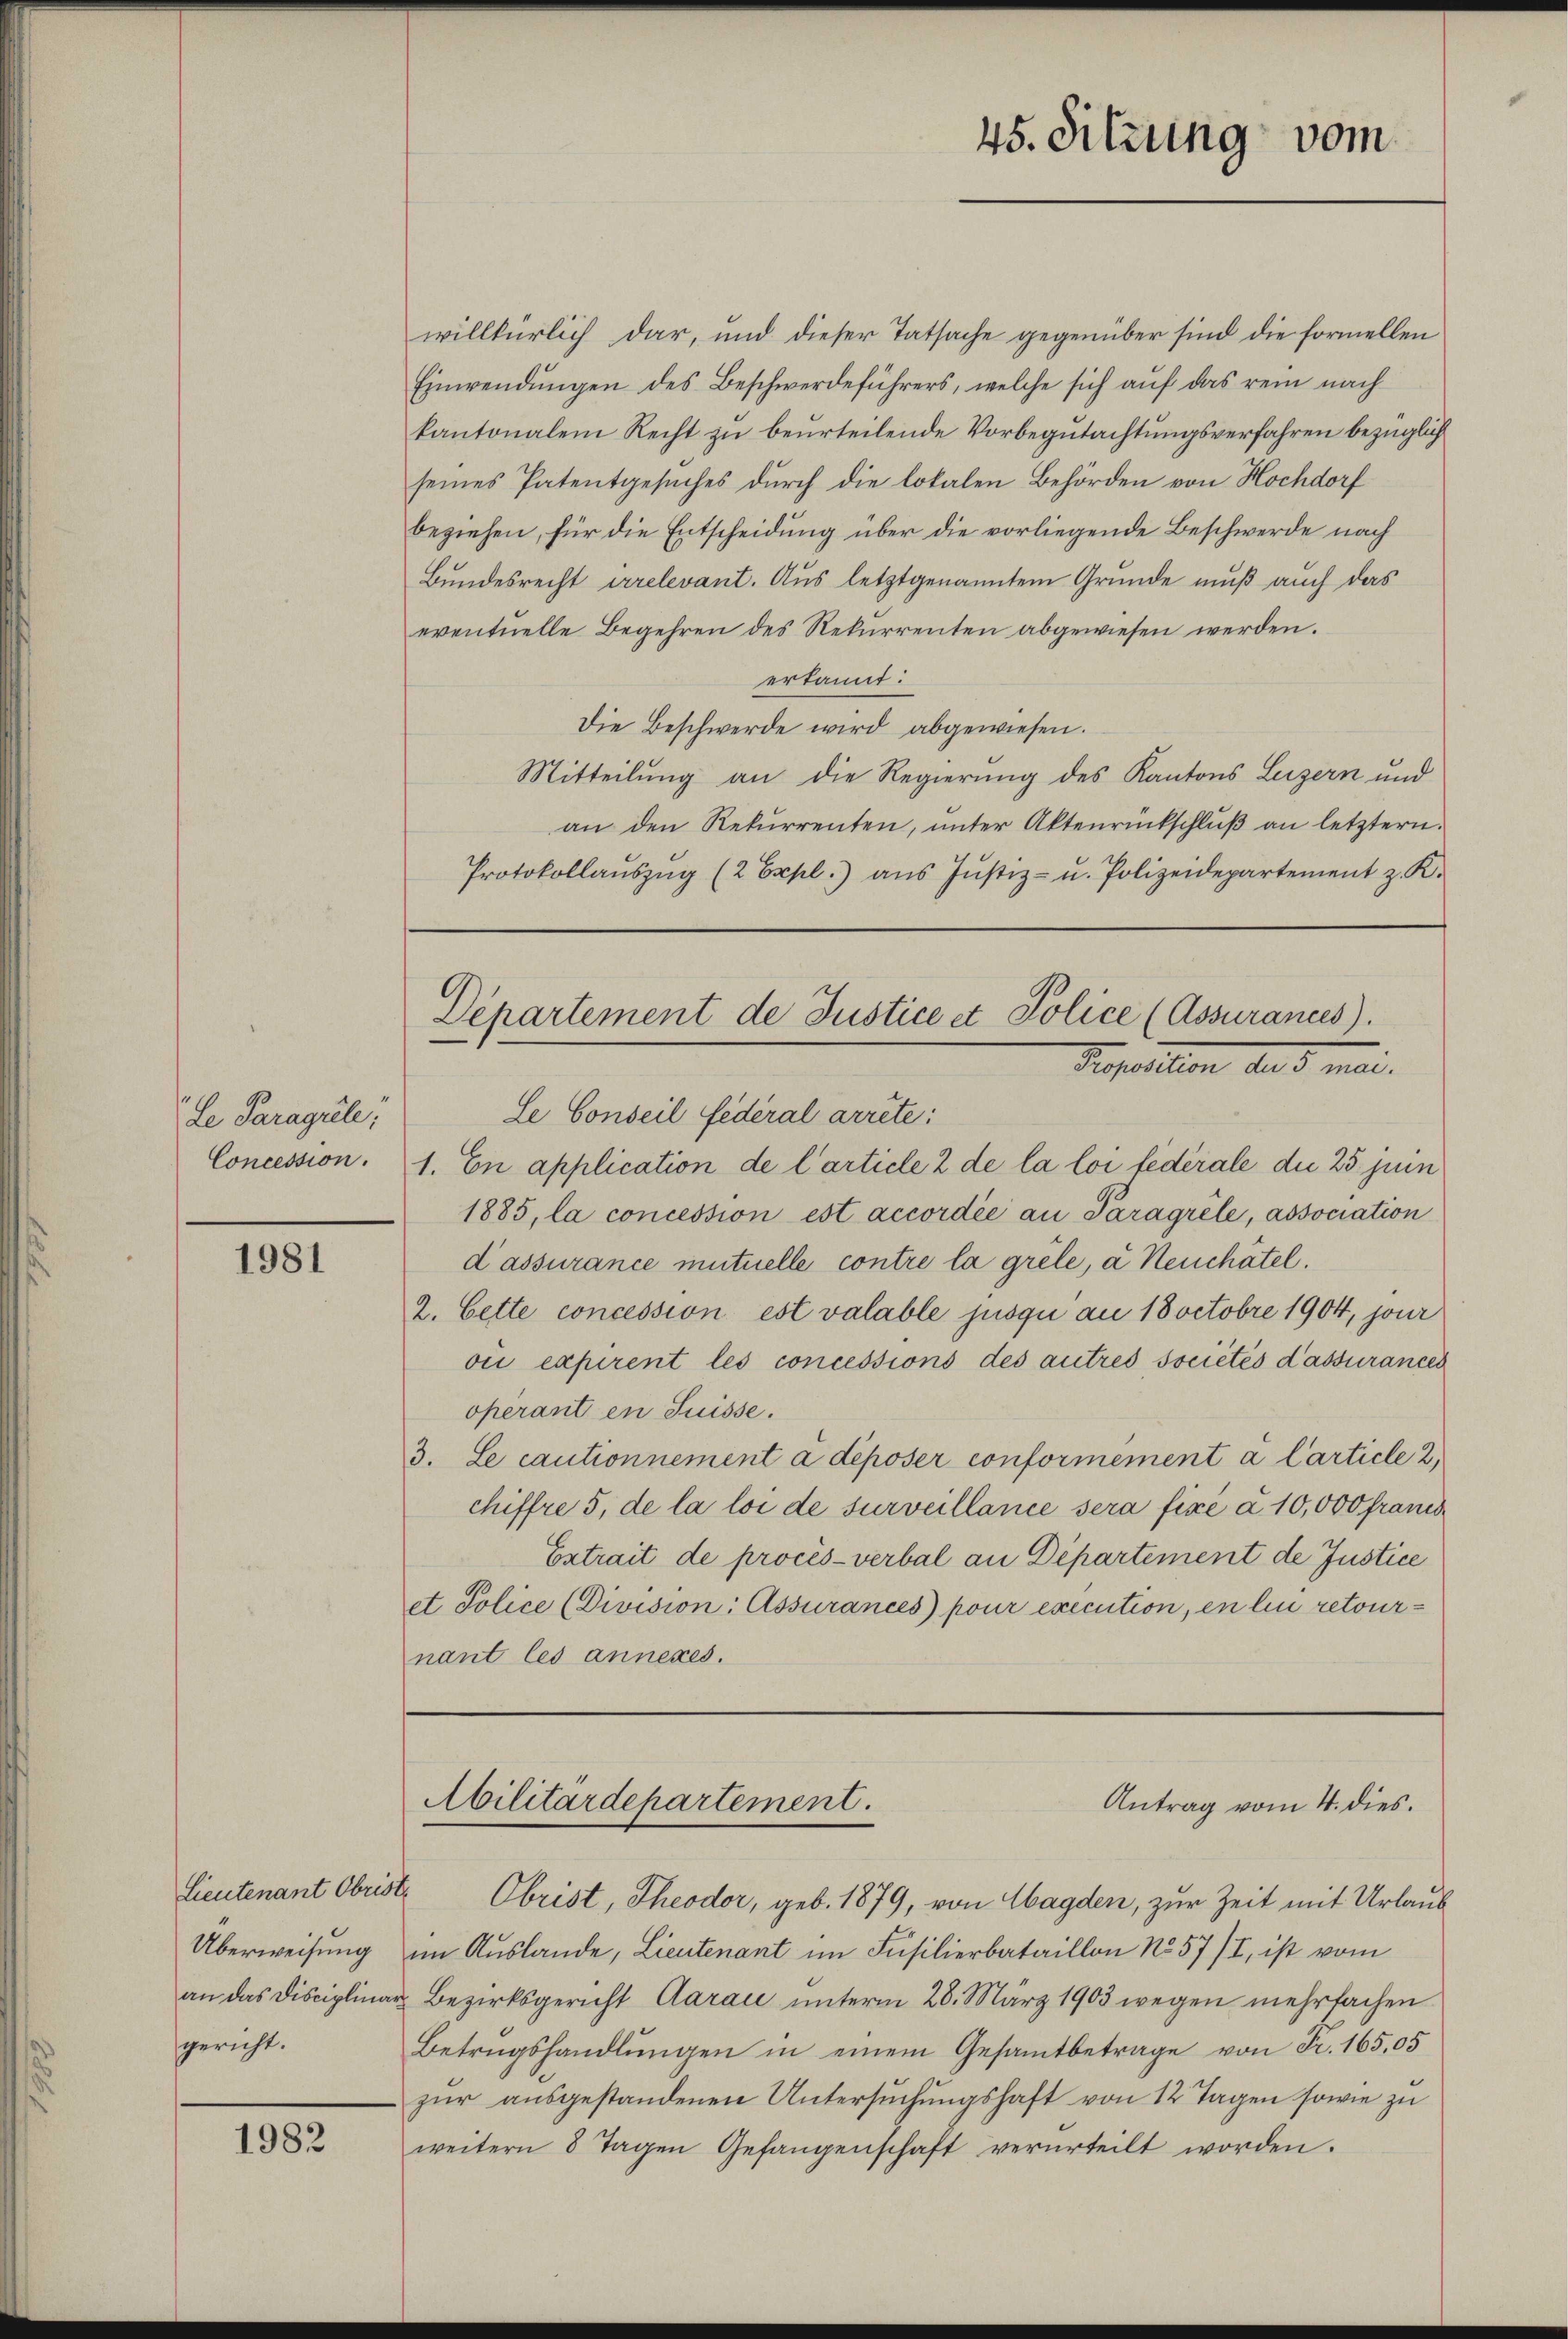
de Paragiele

1981

Lieutenant Obrist
gericht.

1982

willkürlich dar, und dieser Tatsache gegenüber sind die formellen
Einwendŭngen des Beschwerdeführers, welche sich aŭf das rein nach
kantonalem Recht zu beurteilende Vorbegutachtungsverfahren bezüglich
seines Patentgesuches durch die lokalen Behörden von Hochdorf
beziehen, für die Entscheidung über die vorliegende Beschwerde nach
Bundesrecht irrelevant. Aus letztgenanntem Grunde muß auch das
eventuelle Begehren des Rekurrenten abgewiesen werden.
erkannt:
Die Beschwerde wird abgewiesen.
Mitteilung an die Regierung des Kantons Luzern und
an den Rekurrenten, unter Aktenrückschluß an letztern.
Protokollaŭszŭg (2 Expl.) ans Jŭstiz- u. Polizeidepartement z. K.

Departement de Justice et Police (Assurances).
Deposition der 5 mari.

Abilitärdepartement.

45. Sitzung vom

Antrag vom 4. dies.

Le Conseil fédéral arrête:
Concession. 1. En application de l’article 2 de la loi fédérale die 25 juin
1885, la concession est accordée an Paragrèle, association
d’assurance mutuelle contre la grèle, a Neuchâtel.
2. Cette concession est valable jusqui au 18 octobre 1904, jour
ou expirent les concessions des autres sociétés d’assurances
operant en Suisse.
3. Le cautionnement à déposer conformément à Carticle 2,
chiffre 5, de la loi de surveillance sera fixe à 10,000 franch
Extrait de procès-verbal an Departement de Justice
et Police (Division: Assurances pour exécution, en lin retournant les annexes.

Obrist, Theodor, geb. 1879, von Magden, zur Zeit mit Urlaub
Überweisung im Auslande, Lieutenant im Füsilierbataillon No 57/I, ist vom
an das Disciplinar Bezirksgericht Aaraić unterm 28. März 1903 wegen mehrfachen
Betrugshandlŭngen in einem Gesamtbetrage von Fr. 165,05
zŭr aŭsgestandenen Untersŭchŭngshaft von 12 Tagen sowie zu
weitern 8 Tagen Gefangenschaft verurteilt worden.